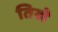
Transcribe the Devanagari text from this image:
तिखे